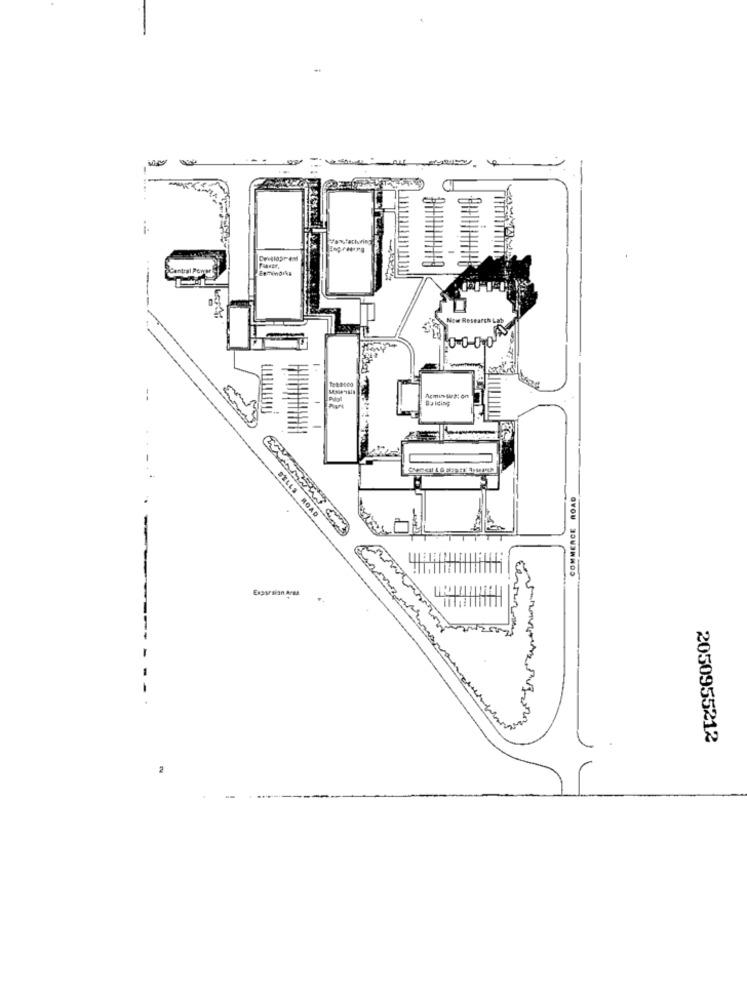
1-
Central Porvue
Nite Research La
0-0 010
:
Acmin urs: on
Bu lding
COMMERCE ROAD
BELLS ROAD
Exparsian Area
2050955212
2